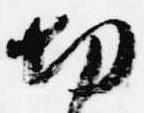
切